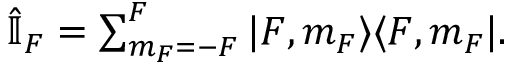
\begin{array} { r } { \hat { \mathbb { I } } _ { F } = \sum _ { m _ { F } = - F } ^ { F } | F , m _ { F } \rangle \langle F , m _ { F } | . } \end{array}